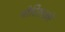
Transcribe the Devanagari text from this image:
मोरिसको